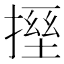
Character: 𫽪